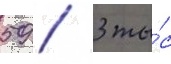
59 / 3 ты́с